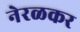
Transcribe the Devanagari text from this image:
नेरळकर